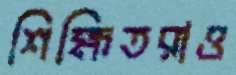
শিক্ষিতরাও